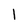
Character: 1